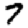
Digit: 7